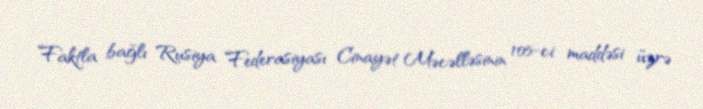
Faktla bağlı Rusiya Federasiyası Cinayət Məcəlləsinin 105-ci maddəsi üzrə